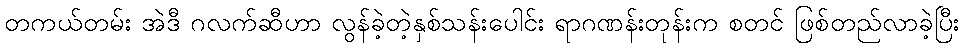
တကယ်တမ်း အဲဒီ ဂလက်ဆီဟာ လွန်ခဲ့တဲ့နှစ်သန်းပေါင်း ရာဂဏန်းတုန်းက စတင် ဖြစ်တည်လာခဲ့ပြီး